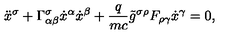
\ddot { x } ^ { \sigma } + { \Gamma } _ { \alpha \beta } ^ { \sigma } \dot { x } ^ { \alpha } \dot { x } ^ { \beta } + \frac { q } { m c } \tilde { g } ^ { \sigma \rho } F _ { \rho \gamma } \dot { x } ^ { \gamma } = 0 { , }